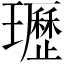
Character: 瓑